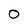
Character: 0